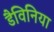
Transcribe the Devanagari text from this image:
डैविनिया